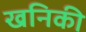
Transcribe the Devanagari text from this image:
खनिकी